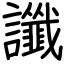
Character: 讖